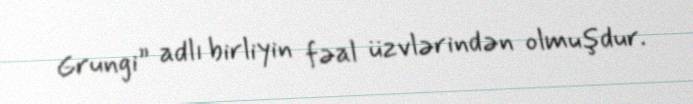
Grungi” adlı birliyin fəal üzvlərindən olmuşdur.